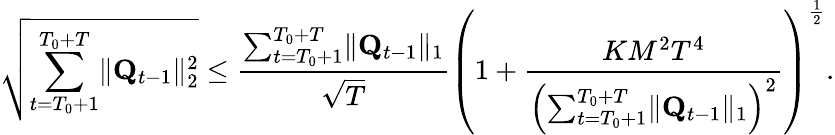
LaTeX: \sqrt{\sum_{t=T_{0}+1}^{T_{0}+T}\lVert\mathbf Q_{t-1}\rVert_{2}^{2}}\le\frac{\sum_{t=T_{0}+1}^{T_{0}+T}\lVert\mathbf Q_{t-1}\rVert_{1}}{\sqrt T}\left(1+\frac{KM^{2}T^{4}}{\left(\sum_{t=T_{0}+1}^{T_{0}+T}\lVert\mathbf Q_{t-1}\rVert_{1}\right)^{2}}\right)^{\frac 12}.